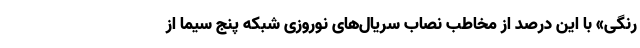
رنگی» با این درصد از مخاطب نصاب سریال‌های نوروزی شبکه پنج سیما از